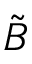
\tilde { B }